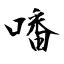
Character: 噃